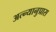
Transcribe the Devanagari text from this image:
अत्न्यानुप्रास